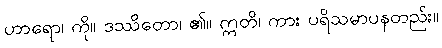
ဟာရော၊ ကို။ ဒဿိတော၊ ၏။ ဣတိ၊ ကား ပရိသမာပနတည်း။